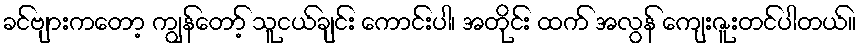
ခင်ဗျားကတော့ ကျွန်တော့် သူငယ်ချင်း ကောင်းပါ၊ အတိုင်း ထက် အလွန် ကျေးဇူးတင်ပါတယ်။